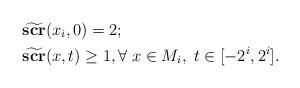
LaTeX: \begin{align*}&\widetilde{\mathbf{scr}}(x_i, 0)=2; \\&\widetilde{\mathbf{scr}}(x, t) \geq 1, \forall \; x \in M_i, \; t \in [-2^{i}, 2^{i}]. \end{align*}